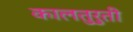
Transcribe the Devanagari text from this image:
कालतुरुती